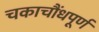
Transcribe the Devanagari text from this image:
चकाचौंधपूर्ण